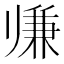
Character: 𱍵